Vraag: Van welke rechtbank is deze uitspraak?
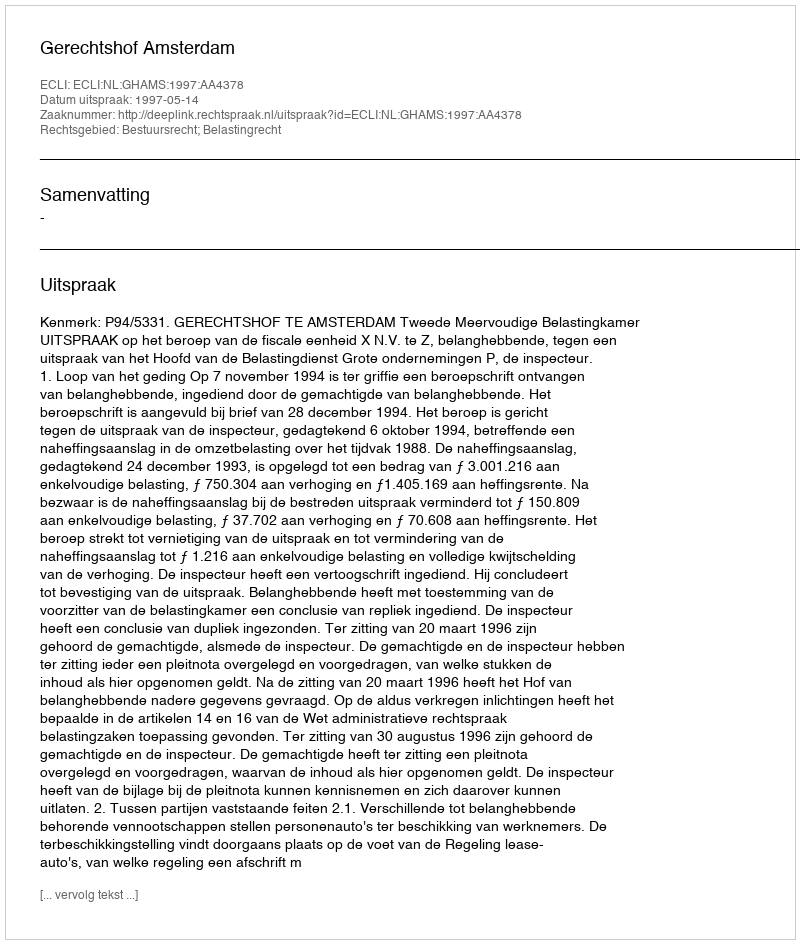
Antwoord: Gerechtshof Amsterdam